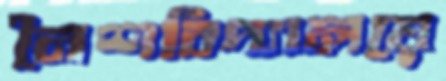
নৈশবিদ্যালয়ে